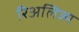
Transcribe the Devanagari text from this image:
रिअलिज्म